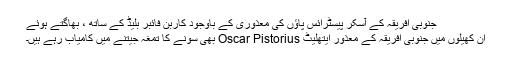
جنوبی افریقہ کے آسکر پیسٹرائس پاؤں کی معذوری کے باوجود کاربن فائبر بلیڈ کے ساتھ ، بھاگتے ہوئے
اِن کھیلوں میں جنوبی افریقہ کے معذور ایتھلیٹ Oscar Pistorius بھی سونے کا تمغہ جیتنے میں کامیاب رہے ہیں۔